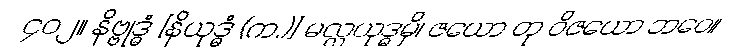
၄၀၂။ နိဗ္ဗုဒ္ဓံ [နိယုဒ္ဓံ (က.)] မလ္လယုဒ္ဓမှိ၊ ဇယော တု ဝိဇယော ဘဝေ။